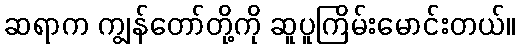
ဆရာက ကျွန်တော်တို့ကို ဆူပူကြိမ်းမောင်းတယ်။